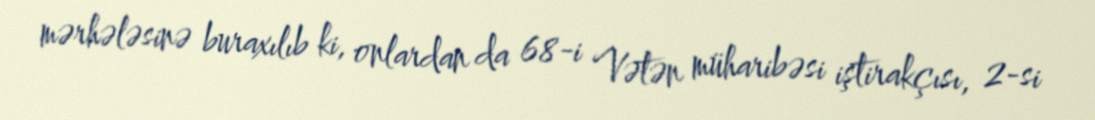
mərhələsinə buraxılıb ki, onlardan da 68-i Vətən müharibəsi iştirakçısı, 2-si